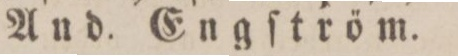
And. Engſtröm.